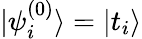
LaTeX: {|\psi_{i}^{(0)}\rangle=|t_{i}\rangle}